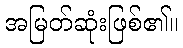
အမြတ်ဆုံးဖြစ်၏။